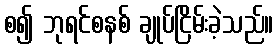
စ၍ ဘုရင်စနစ် ချုပ်ငြိမ်းခဲ့သည်။